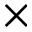
\times